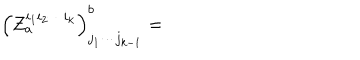
\left( Z _ { a } ^ { i _ { 1 } i _ { 2 } \cdots i _ { k } } \right) _ { j _ { 1 } \cdots j _ { k - 1 } } ^ { b } =